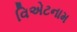
વિએટનામ